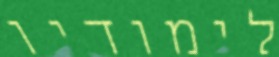
לימודיו